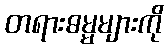
တရားဓမ္မများကို